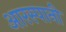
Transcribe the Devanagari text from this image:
आरस्पानी